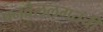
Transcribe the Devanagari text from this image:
पनवेललगतची